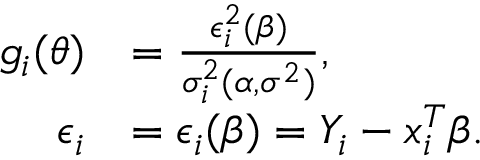
\begin{array} { r l } { g _ { i } ( \boldsymbol { \theta } ) } & { = \frac { \epsilon _ { i } ^ { 2 } ( \boldsymbol { \beta } ) } { \sigma _ { i } ^ { 2 } ( \boldsymbol { \alpha } , \sigma ^ { 2 } ) } , } \\ { \epsilon _ { i } } & { = \epsilon _ { i } ( \boldsymbol { \beta } ) = Y _ { i } - \boldsymbol { x } _ { i } ^ { T } \boldsymbol { \beta } . } \end{array}